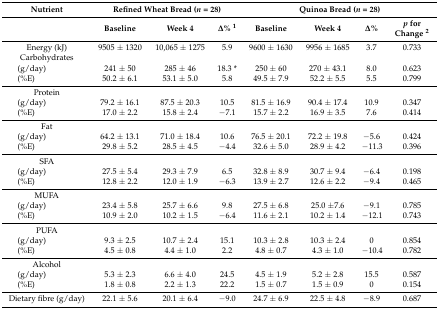
<table><thead><tr><td><b>Nutrient</b></td><td colspan="3"><b>Refined Wheat Bread (<i>n</i> = 28)</b></td><td colspan="4"><b>Quinoa Bread (<i>n</i> = 28)</b></td></tr><tr><td></td><td><b>Baseline</b></td><td><b>Week 4</b></td><td><b>Δ% <sup>1</sup></b></td><td><b>Baseline</b></td><td><b>Week 4</b></td><td><b>Δ%</b></td><td><b><i>p</i> for Change <sup>2</sup></b></td></tr></thead><tbody><tr><td>Energy (kJ)</td><td>9505 ± 1320</td><td>10,065 ± 1275</td><td>5.9</td><td>9600 ± 1630</td><td>9956 ± 1685</td><td>3.7</td><td>0.733</td></tr><tr><td>Carbohydrates</td><td></td><td></td><td></td><td></td><td></td><td></td><td></td></tr><tr><td>(g/day)</td><td>241 ± 50</td><td>285 ± 46</td><td>18.3 *</td><td>250 ± 60</td><td>270 ± 43.1</td><td>8.0</td><td>0.623</td></tr><tr><td>(%E)</td><td>50.2 ± 6.1</td><td>53.1 ± 5.0</td><td>5.8</td><td>49.5 ± 7.9</td><td>52.2 ± 5.5</td><td>5.5</td><td>0.799</td></tr><tr><td>Protein</td><td></td><td></td><td></td><td></td><td></td><td></td><td></td></tr><tr><td>(g/day)</td><td>79.2 ± 16.1</td><td>87.5 ± 20.3</td><td>10.5</td><td>81.5 ± 16.9</td><td>90.4 ± 17.4</td><td>10.9</td><td>0.347</td></tr><tr><td>(%E)</td><td>17.0 ± 2.2</td><td>15.8 ± 2.4</td><td>−7.1</td><td>15.7 ± 2.2</td><td>16.9 ± 3.5</td><td>7.6</td><td>0.414</td></tr><tr><td>Fat</td><td></td><td></td><td></td><td></td><td></td><td></td><td></td></tr><tr><td>(g/day)</td><td>64.2 ± 13.1</td><td>71.0 ± 18.4</td><td>10.6</td><td>76.5 ± 20.1</td><td>72.2 ± 19.8</td><td>−5.6</td><td>0.424</td></tr><tr><td>(%E)</td><td>29.8 ± 5.2</td><td>28.5 ± 4.5</td><td>−4.4</td><td>32.6 ± 5.0</td><td>28.9 ± 4.2</td><td>−11.3</td><td>0.396</td></tr><tr><td>SFA</td><td></td><td></td><td></td><td></td><td></td><td></td><td></td></tr><tr><td>(g/day)</td><td>27.5 ± 5.4</td><td>29.3 ± 7.9</td><td>6.5</td><td>32.8 ± 8.9</td><td>30.7 ± 9.4</td><td>−6.4</td><td>0.198</td></tr><tr><td>(%E)</td><td>12.8 ± 2.2</td><td>12.0 ± 1.9</td><td>−6.3</td><td>13.9 ± 2.7</td><td>12.6 ± 2.2</td><td>−9.4</td><td>0.465</td></tr><tr><td>MUFA</td><td></td><td></td><td></td><td></td><td></td><td></td><td></td></tr><tr><td>(g/day)</td><td>23.4 ± 5.8</td><td>25.7 ± 6.6</td><td>9.8</td><td>27.5 ± 6.8</td><td>25.0 ±7.6</td><td>−9.1</td><td>0.785</td></tr><tr><td>(%E)</td><td>10.9 ± 2.0</td><td>10.2 ± 1.5</td><td>−6.4</td><td>11.6 ± 2.1</td><td>10.2 ± 1.4</td><td>−12.1</td><td>0.743</td></tr><tr><td>PUFA</td><td></td><td></td><td></td><td></td><td></td><td></td><td></td></tr><tr><td>(g/day)</td><td>9.3 ± 2.5</td><td>10.7 ± 2.4</td><td>15.1</td><td>10.3 ± 2.8</td><td>10.3 ± 2.4</td><td>0</td><td>0.854</td></tr><tr><td>(%E)</td><td>4.5 ± 0.8</td><td>4.4 ± 1.0</td><td>2.2</td><td>4.8 ± 0.7</td><td>4.3 ± 1.0</td><td>−10.4</td><td>0.782</td></tr><tr><td>Alcohol</td><td></td><td></td><td></td><td></td><td></td><td></td><td></td></tr><tr><td>(g/day)</td><td>5.3 ± 2.3</td><td>6.6 ± 4.0</td><td>24.5</td><td>4.5 ± 1.9</td><td>5.2 ± 2.8</td><td>15.5</td><td>0.587</td></tr><tr><td>(%E)</td><td>1.8 ± 0.8</td><td>2.2 ± 1.3</td><td>22.2</td><td>1.5 ± 0.7</td><td>1.5 ± 0.9</td><td>0</td><td>0.154</td></tr><tr><td>Dietary fibre (g/day)</td><td>22.1 ± 5.6</td><td>20.1 ± 6.4</td><td>−9.0</td><td>24.7 ± 6.9</td><td>22.5 ± 4.8</td><td>−8.9</td><td>0.687</td></tr></tbody></table>